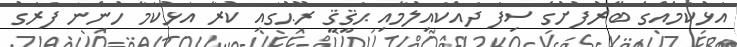
އަޅުކަމެއްގެ ބޭރުފުށުގެ ސިފަ ދައްކައިލުމާއި ޙަޤީޤީ ރޫޙުގައި ކުރާ އަޅުކަމާ ހުންނަ ފަރަގު